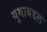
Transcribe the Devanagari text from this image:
युगाबद्दल